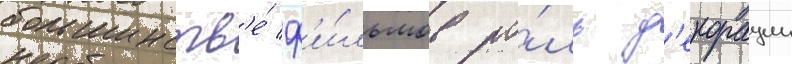
большинств'е́ ф'и́льмов ро́ль д'екорации